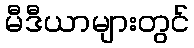
မီဒီယာများတွင်